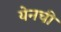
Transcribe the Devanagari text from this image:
येनची